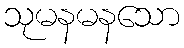
သုမနမနသော